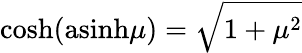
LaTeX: \mathrm{cosh}(\mathrm{asinh}\mu)=\sqrt{1+\mu^{2}}